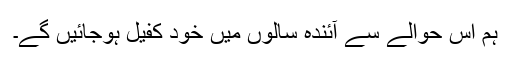
ہم اس حوالے سے آئندہ سالوں میں خود کفیل ہوجائیں گے۔